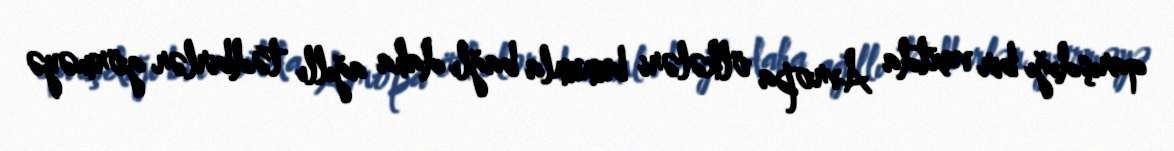
qarışdığı bir vaxtda Avropa ölkələri bununla bağlı daha ağıllı tədbirlər görməyə